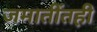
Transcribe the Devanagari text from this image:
जमातींतही